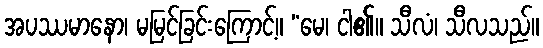
အပဿမာနော၊ မမြင်ခြင်းကြောင့်။ “မေ၊ ငါ၏။ သီလံ၊ သီလသည်။